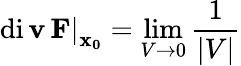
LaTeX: \left.\operatorname{di\mathbf{v}}\mathbf{{F}}\right|_{\mathbf{{x_{0}}}}=\operatorname*{lim}_{V\rightarrow0}{\frac{{1}}{{|V|}}}